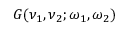
G ( \nu _ { 1 } , \nu _ { 2 } ; \omega _ { 1 } , \omega _ { 2 } )